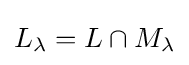
L_{\lambda }=L\cap M_{\lambda }